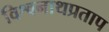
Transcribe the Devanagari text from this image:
विश्वनाथप्रताप